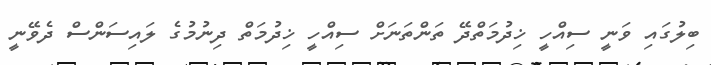
ބިލުގައި ވަނީ ސިއްހީ ޚިދުމަތްދޭ ތަންތަނަށް ސިއްހީ ޚިދުމަތް ދިނުމުގެ ލައިސަންސް ދެވޭނީ